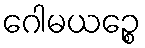
ဂေါမယဉ္စေ